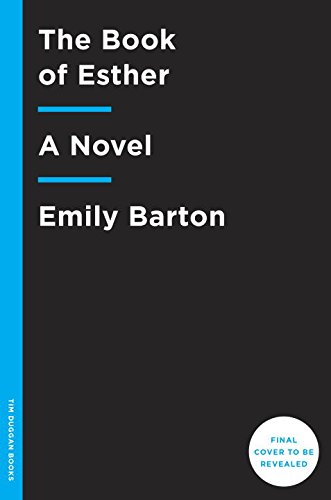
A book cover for The Book of Esther: A  Novel; Emily Barton; Science Fiction & Fantasy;